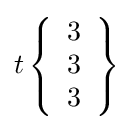
t\left\{{\begin{array}{l}3\\3\\3\end{array}}\right\}